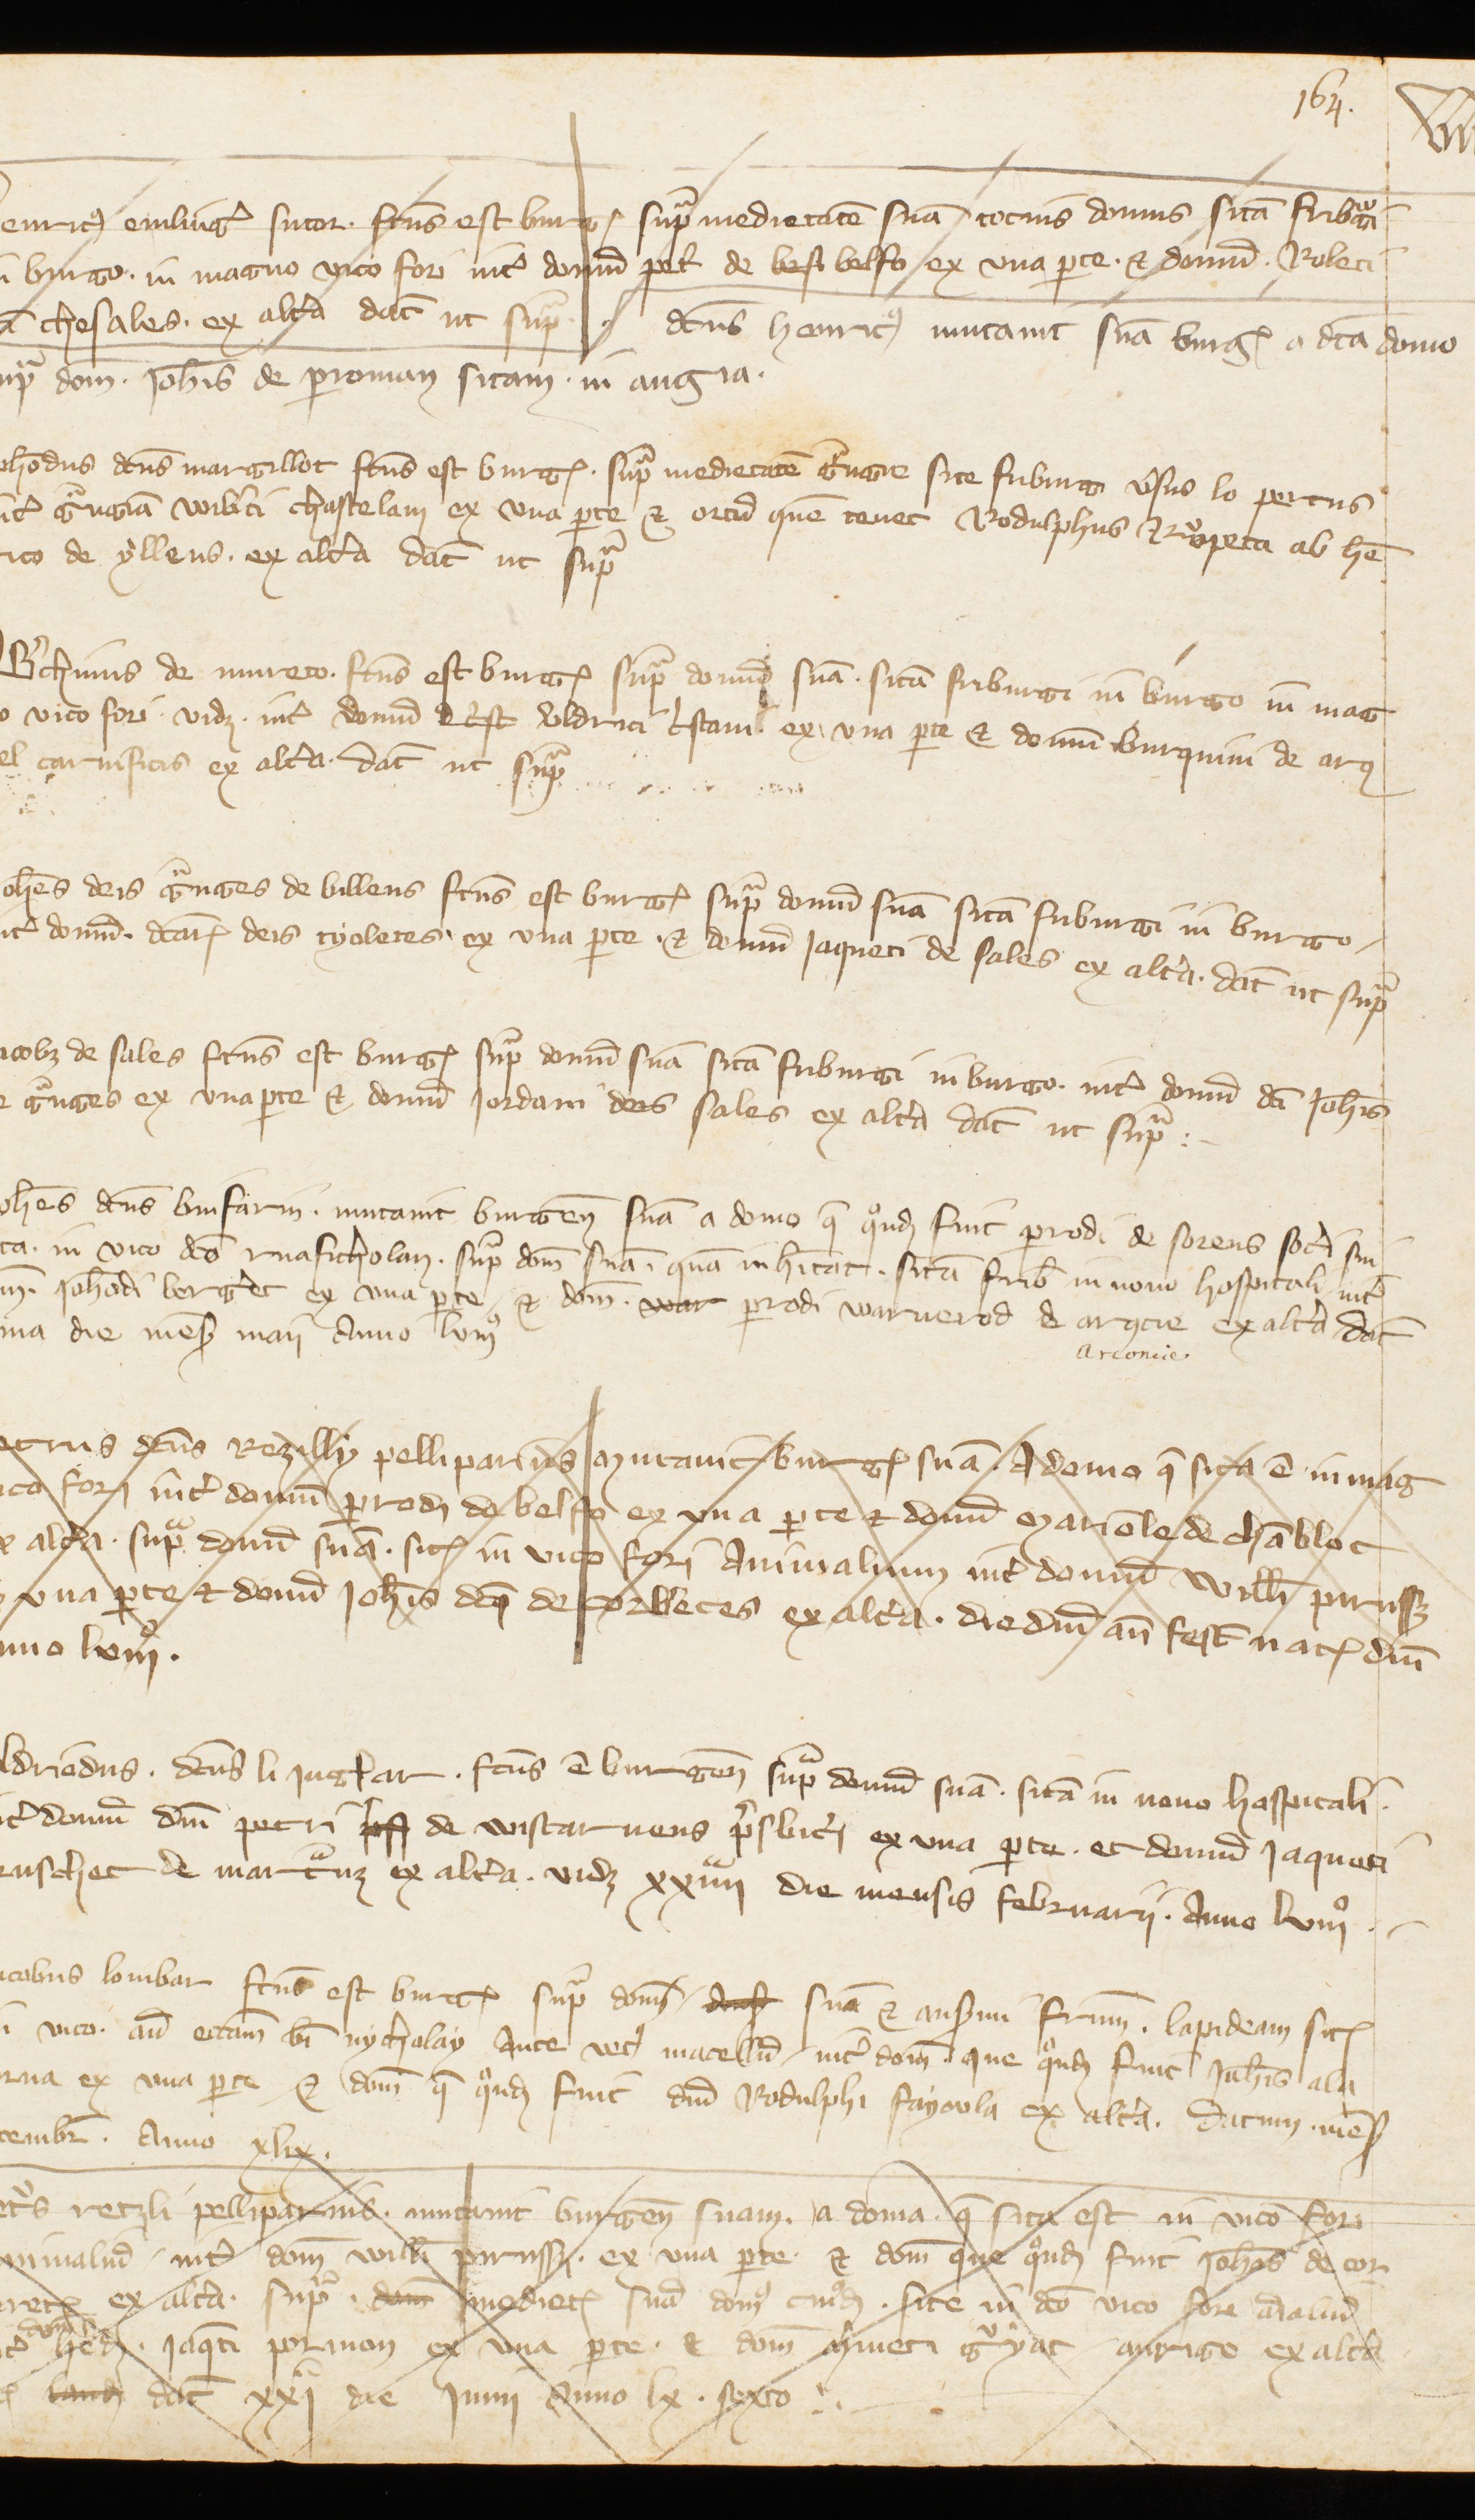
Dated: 1341–1416